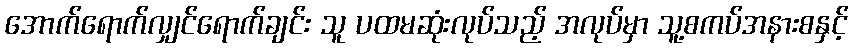
အောက်ရောက်လျှင်ရောက်ချင်း သူ ပထမဆုံးလုပ်သည့် အလုပ်မှာ သူ့စကပ်အနားစနှင့်